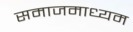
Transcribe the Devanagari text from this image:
समाजमाध्यम